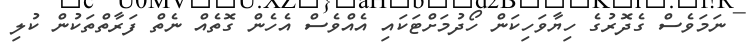
ނަމަވެސް ގެދޮރުގެ ހިޔާވަހިކަން ހޯދުމަށްޓަކައި އެއްވެސް އެހެން ގޮތެއް ނެތް ފަރާތްތަކުން ކުލި